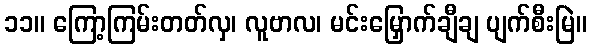
၁၁။ ကြော့ကြမ်းတတ်လှ၊ လူဗာလ၊ မင်းမြှောက်ချီချ ပျက်စီးမြဲ။